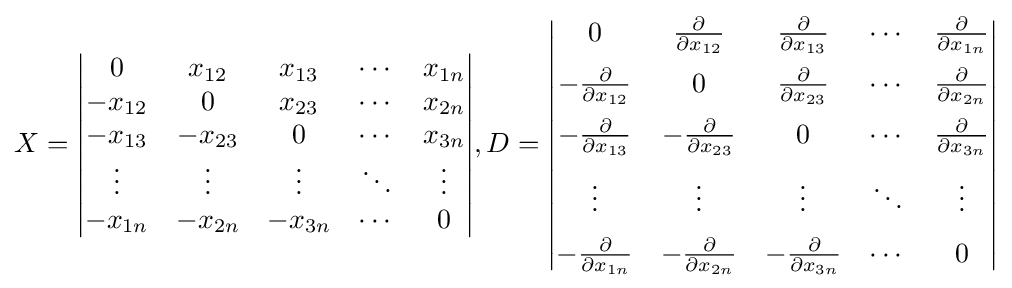
X={\begin{vmatrix}0&x_{12}&x_{13}&\cdots &x_{1n}\\-x_{12}&0&x_{23}&\cdots &x_{2n}\\-x_{13}&-x_{23}&0&\cdots &x_{3n}\\\vdots &\vdots &\vdots &\ddots &\vdots \\-x_{1n}&-x_{2n}&-x_{3n}&\cdots &0\end{vmatrix}},D={\begin{vmatrix}0&{\frac {\partial }{\partial x_{12}}}&{\frac {\partial }{\partial x_{13}}}&\cdots &{\frac {\partial }{\partial x_{1n}}}\\[6pt]-{\frac {\partial }{\partial x_{12}}}&0&{\frac {\partial }{\partial x_{23}}}&\cdots &{\frac {\partial }{\partial x_{2n}}}\\[6pt]-{\frac {\partial }{\partial x_{13}}}&-{\frac {\partial }{\partial x_{23}}}&0&\cdots &{\frac {\partial }{\partial x_{3n}}}\\[6pt]\vdots &\vdots &\vdots &\ddots &\vdots \\[6pt]-{\frac {\partial }{\partial x_{1n}}}&-{\frac {\partial }{\partial x_{2n}}}&-{\frac {\partial }{\partial x_{3n}}}&\cdots &0\end{vmatrix}}